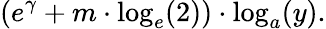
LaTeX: (e^{\gamma}+m\cdot\log_{e}(2))\cdot\log_{a}(y).